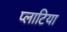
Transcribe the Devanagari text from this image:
प्लाटिया